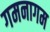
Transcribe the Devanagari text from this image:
गमनागम